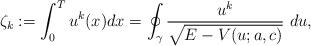
LaTeX: \begin{align*}\zeta_k:=\int_0^Tu^k(x)dx=\oint_\gamma\frac{u^k}{\sqrt{E-V(u;a,c)}}~du,\end{align*}